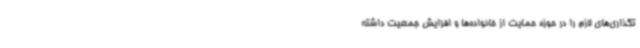
تگذاری‌های لازم را در حوزه حمایت از خانواده‌ها و افزایش جمعیت داشته